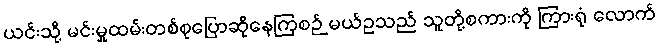
ယင်းသို့ မင်းမှုထမ်းတစ်စုပြောဆိုနေကြစဉ် မယ်ဥသည် သူတို့စကားကို ကြားရုံ လောက်